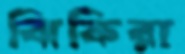
ঝিকিরা